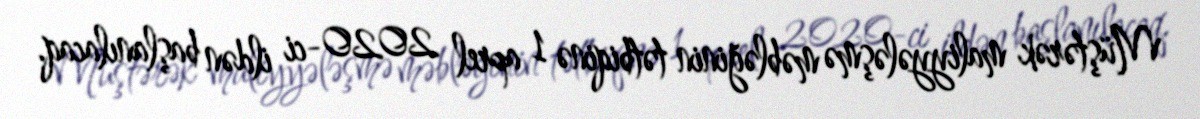
Müştərək maliyyələşmə məbləğinin tətbiqinə 1 aprel 2020-ci ildən başlanılacaq.